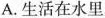
A.生活在水里